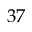
3 7